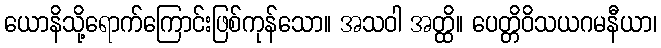
ယောနိသို့ရောက်ကြောင်းဖြစ်ကုန်သော။ အသဝါ အတ္ထိ။ ပေတ္တိဝိသယဂမနီယာ၊